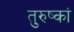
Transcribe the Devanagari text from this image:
तुरुष्कां